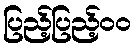
ပြည့်ပြည့်၀၀